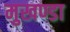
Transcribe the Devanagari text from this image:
मुखण्डा